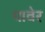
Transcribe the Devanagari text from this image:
पावेर